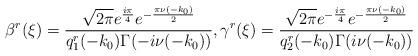
LaTeX: \begin{align*} \beta^r(\xi)=\frac{\sqrt{2\pi}e^{\frac{i\pi}{4}}e^{-\frac{\pi \nu(-k_0)}{2}}}{{q}^r_{1}(-k_0)\Gamma(-i\nu(-k_0))}, \gamma^r(\xi)=\frac{\sqrt{2\pi}e^{-\frac{i\pi}{4}}e^{-\frac{\pi \nu(-k_0)}{2}}}{{q}^r_{2}(-k_0)\Gamma(i\nu(-k_0))}\end{align*}